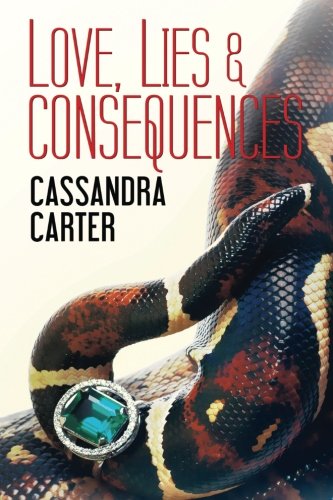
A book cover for Love, Lies & Consequences; Cassandra Carter; Literature & Fiction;